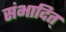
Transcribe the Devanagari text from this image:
संभादित्